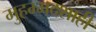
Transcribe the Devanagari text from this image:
मुहम्मदशाही